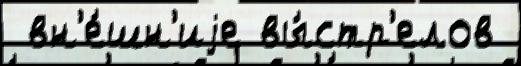
 вн'е́шн'иjе вы́стр'елов